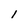
Character: 1